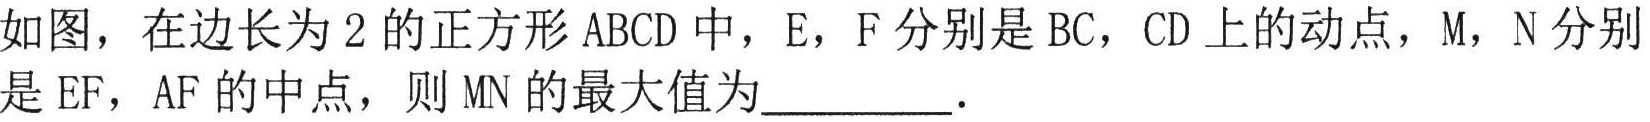
如图，在边长为\(2\)的正方形\(ABCD\)中，\(E\)，\(F\)分别是\(BC\)，\(CD\)上的动点，\(M\)，\(N\)分别是\(EF\)，\(AF\)的中点，则\(MN\)的最大值为  ．